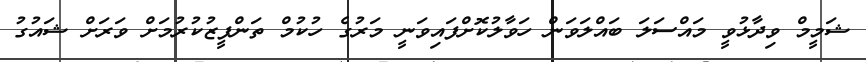
ޝަމީމް ވިދާޅުވީ މައްސަލަ ބައްލަވަން ހަވާލުކޮށްފައިވަނީ މަރުގެ ހުކުމް ތަންފީޒުކުރުމަށް ވަަރަށް ޝައުގު